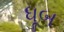
ધૂબ